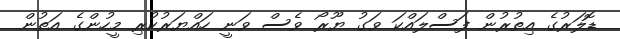
ޑޮލަރުގެ އިތުރުން ފަސްލައްކަ ވަގު ޔޫރޯ ވެސް ވަނީ ހައްޔަރުކުރި މީހުންގެ އަތުން